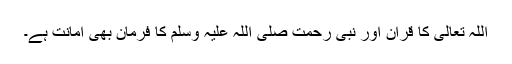
اللہ تعالیٰ کا قرآن اور نبی رحمت صلی اللہ علیہ وسلم کا فرمان بھی امانت ہے۔